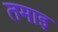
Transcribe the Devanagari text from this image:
तमाइ